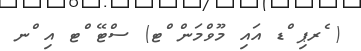
( ެރޕި ްޑ އައި މޫވްމަން ްޓ) ސްޓޭ ްޓ އި ްނ